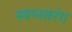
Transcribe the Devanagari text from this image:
स्वप्नतरंग